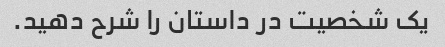
یک شخصیت در داستان را شرح دهید.